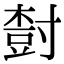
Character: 𡬾